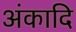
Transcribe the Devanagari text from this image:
अंकादि